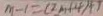
m - 1 = ( 2 m + 4 ) + 1